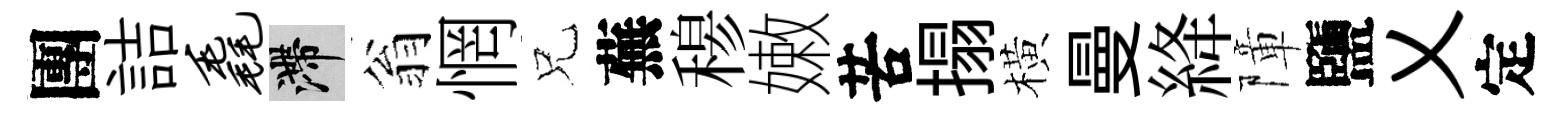
團詰毳滯翁惘兄蕪𥠇嫩苦搨橫曼絳障鹽乂定